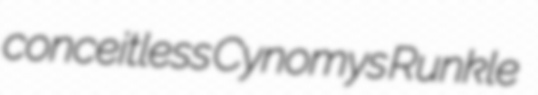
conceitless Cynomys Runkle